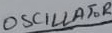
Text: OSCILLATOR